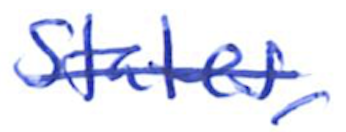
Text: States,
Cross-out: single-line
Writing tool: ballpoint